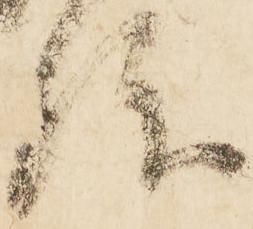
後